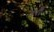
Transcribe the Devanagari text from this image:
चेर्री